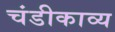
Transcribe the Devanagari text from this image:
चंडीकाव्य